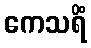
ကေသရိံ